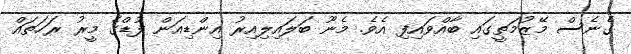
ގެނެސް މޭޒުމަތީގައި ބާއްވައިފި އެވެ. މެނޫ ބަލައިލިއިރު އިންޑިއަން ފުޑްގެ މީރު ރަހަތައް